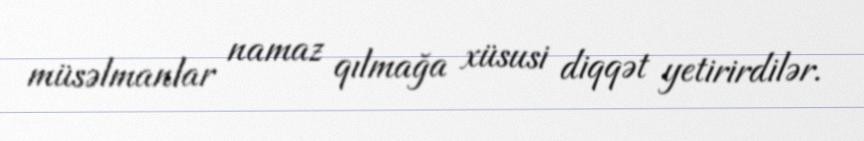
müsəlmanlar namaz qılmağa xüsusi diqqət yetirirdilər.